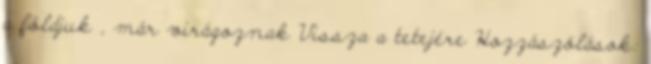
a földjuk , már virágoznak Vissza a tetejére Hozzászólások: